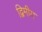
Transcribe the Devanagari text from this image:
द्विमीय